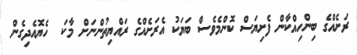
ރަށެއްގެ ބިންހިއްކާން ފެށިޔަސް ކޮންމެވެސް ބަޔަކު އެރަށެއްގެ ރައްޔިތުންނަށް މާކަ  ހެޔޮއެދިގެން